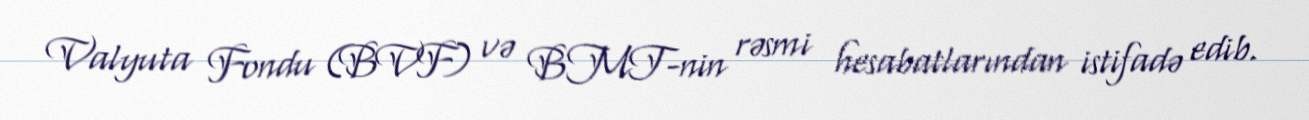
Valyuta Fondu (BVF) və BMT-nin rəsmi hesabatlarından istifadə edib.